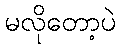
မလိုတော့ပဲ